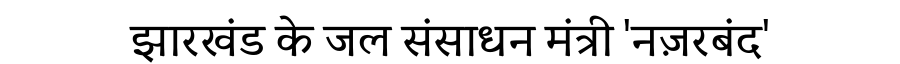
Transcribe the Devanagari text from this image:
झारखंड के जल संसाधन मंत्री 'नज़रबंद'